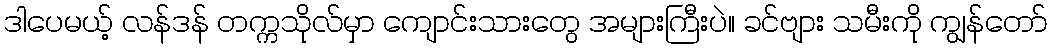
ဒါပေမယ့် လန်ဒန် တက္ကသိုလ်မှာ ကျောင်းသားတွေ အများကြီးပဲ။ ခင်ဗျား သမီးကို ကျွန်တော်